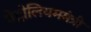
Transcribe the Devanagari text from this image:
पेट्रोलियममंत्री